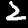
Digit: 2